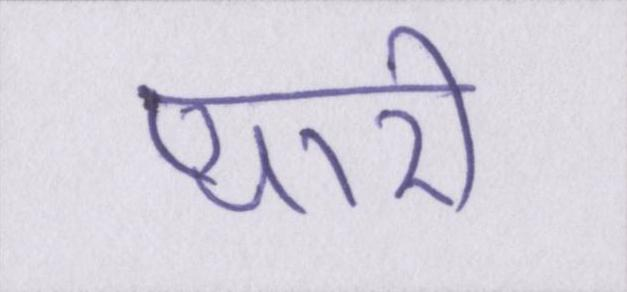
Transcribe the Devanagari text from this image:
प्यारी